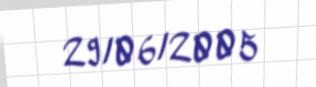
29/06/2005